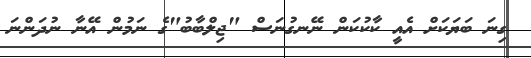
ގިނަ ބަޔަކަށް އެއީ ކާކުކަން ނޭނގުނަސް "ޖިލްބާބު"ގެ ނަމުން އޭނާ ނުދަންނަ